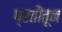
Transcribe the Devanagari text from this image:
प्रतींतून